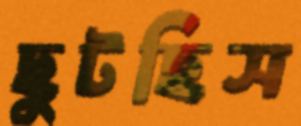
ছুটছিস